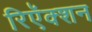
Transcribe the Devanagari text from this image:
रिऍक्शन